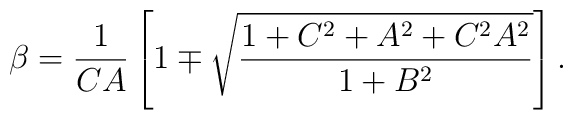
\beta={1\over CA}\left[1\mp\sqrt{1+C^2+A^2+C^2A^2\over 1+B^2}\right].